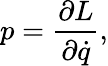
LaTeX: p={\frac{\partial L}{\partial{\dot{q}}}},